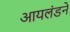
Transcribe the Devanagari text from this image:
आयलंडने